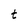
Character: t